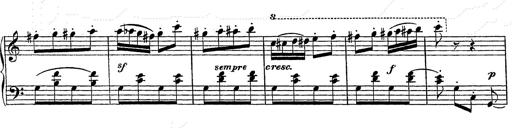
Title: Grand galop chromatique
Composer: Franz Liszt
Key: E-flat major (simplified version in EÂ major)